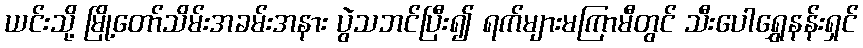
ယင်းသို့ မြို့တော်သိမ်းအခမ်းအနား ပွဲသဘင်ပြီး၍ ရက်များမကြာမီတွင် သီးပေါရွှေနန်းရှင်